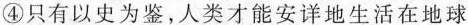
④只有以史为鉴，人类才能安详地生活在地球